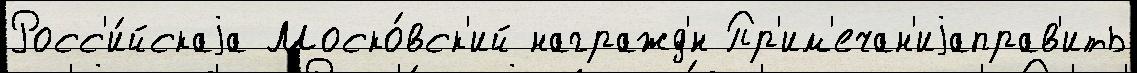
Росс'и́йскаjа Моско́вск'ий награжд'́н Пр'им'ечан'иjаправ'ить